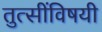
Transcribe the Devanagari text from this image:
तुत्‍सींविषयी